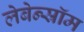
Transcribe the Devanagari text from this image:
लेबेन्स्रॉम